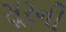
સૂરની